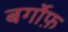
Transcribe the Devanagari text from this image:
बर्गोफ़